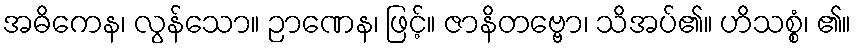
အဓိကေန၊ လွန်သော။ ဉာဏေန၊ ဖြင့်။ ဇာနိတဗ္ဗော၊ သိအပ်၏။ ဟိသစ္စံ၊ ၏။